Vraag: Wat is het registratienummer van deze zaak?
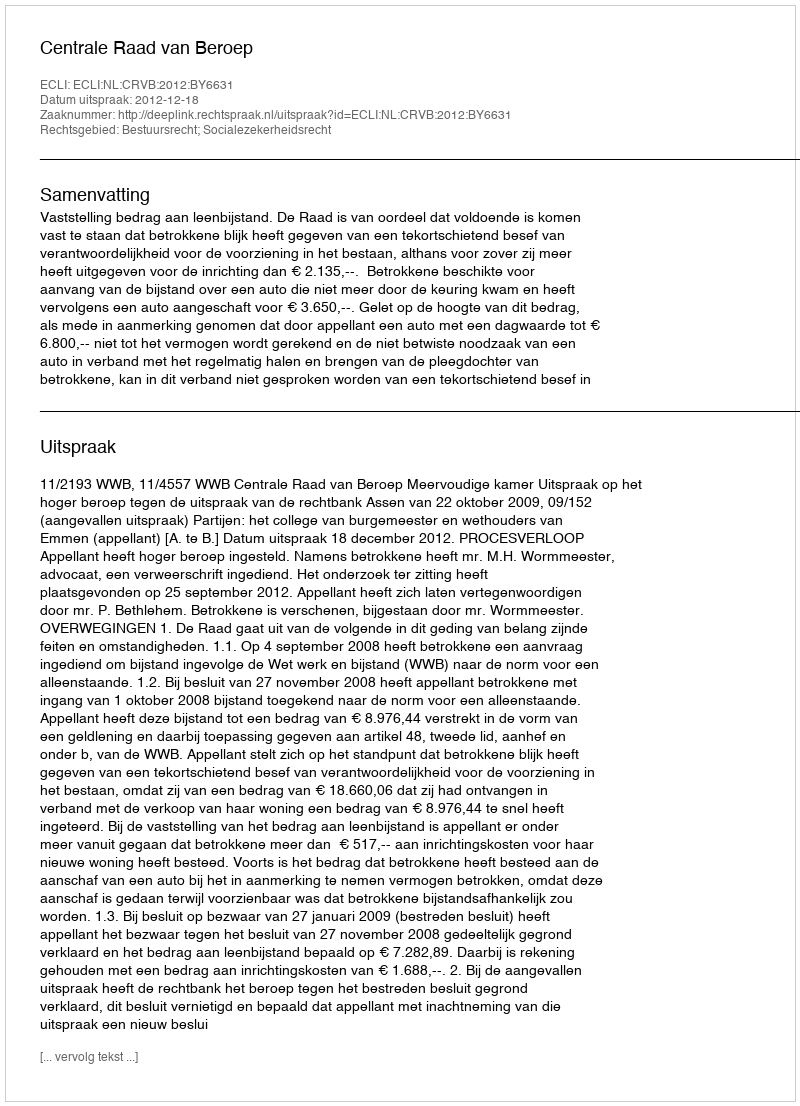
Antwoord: http://deeplink.rechtspraak.nl/uitspraak?id=ECLI:NL:CRVB:2012:BY6631